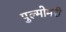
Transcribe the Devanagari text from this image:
पुल्मोमरी